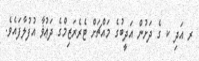
ރ އަދި ކ ގެ ދަށުން އަދީބުގެ މައްޗަށް ޓެރެރަޒިމްގެ ދަޢުޥާ އުފުލާފައެވެ.